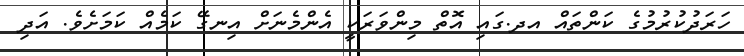
ހަރަދުކުރުމުގެ ކަންތައް އދ.ގައި އޮތް މިންވަރަކީ އެންމެނަށް އިނގޭ ކަމެއް ކަމަށެވެ. އަދި